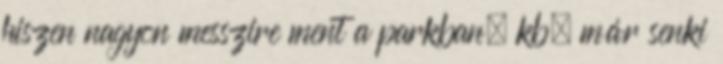
hiszen nagyon messzire ment a parkban, kb. már senki